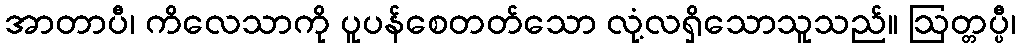
အာတာပီ၊ ကိလေသာကို ပူပန်စေတတ်သော လုံ့လရှိသောသူသည်။ ဩတ္တပ္ပီ၊